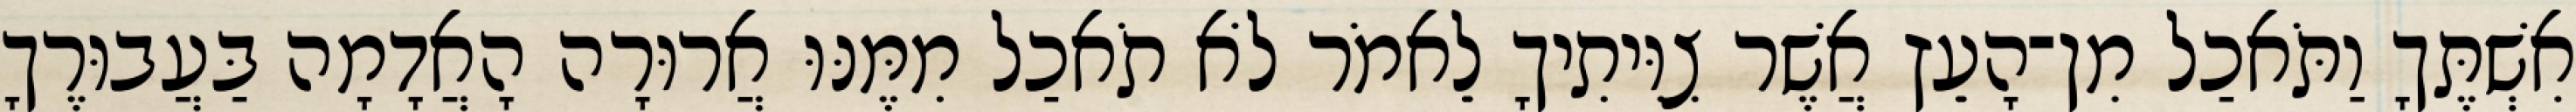
אִשְׁתֶּךָ וַתֹּאכַל מִן־הָעֵץ אֲשֶׁר צִוִּיתִיךָ לֵאמֹר לֹא תֹאכַל מִמֶּנּוּ אֲרוּרָה הָאֲדָמָה בַּעֲבוּרֶךָ